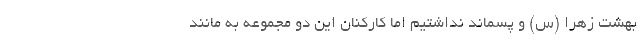
بهشت زهرا (س) و پسماند نداشتیم اما کارکنان این دو مجموعه به مانند